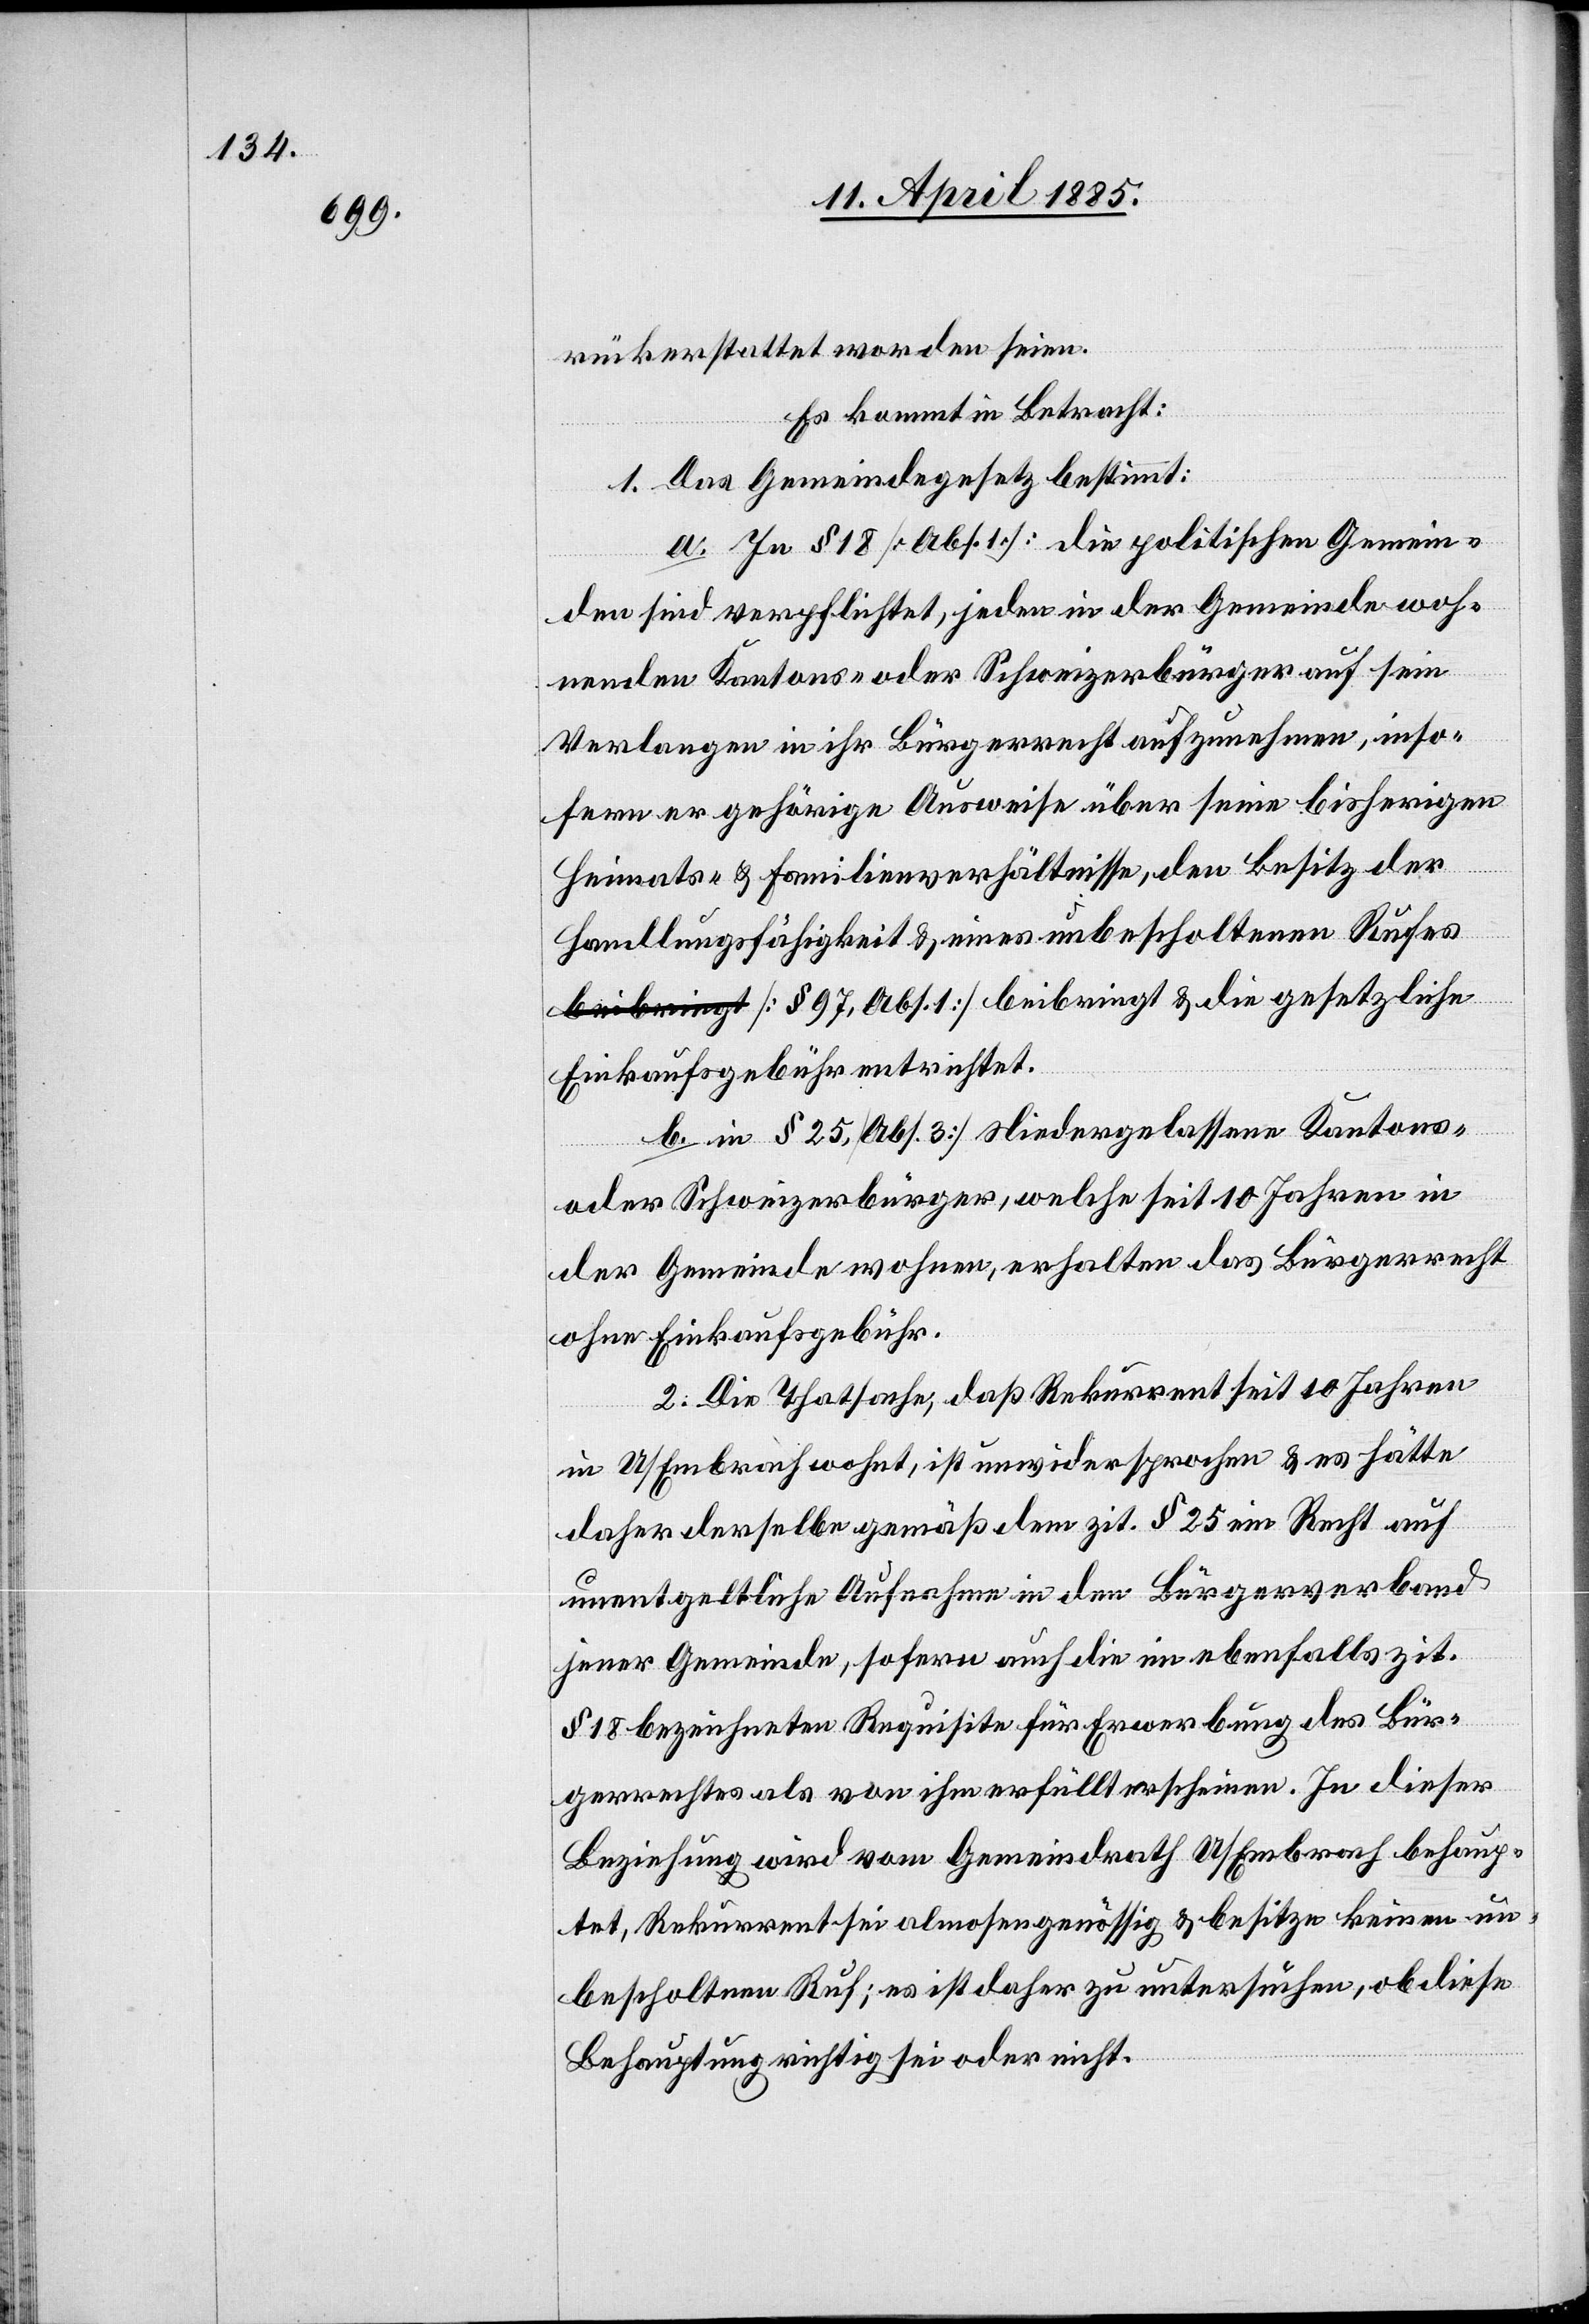
rückerstattet worden seien.
Es kommt in Betracht:
1. Das Gemeindegesetz bestimmt:
a. In § 18 [Abs. 1] die politischen Gemein¬
den sind verpflichtet, jeden in der Gemeinde woh¬
nenden Kantons- oder Schweizerbürger auf sein
Verlangen in ihr Bürgerrecht aufzunehmen, inso¬
fern er gehörige Ausweise über seine bisherigen
Heimats- & Familienverhältnisse, den Besitz der
Handlungsfähigkeit & eines unbescholtenen Rufes
[§ 97, Abs. 1] beibringt & die gesetzliche
Einkaufsgebühr entrichtet.
b. in § 25 [Abs. 3] Niedergelassene Kantons-
oder Schweizerbürger, welche seit 10 Jahren in
der Gemeinde wohnen, erhalten das Bürgerrecht
ohne Einkaufsgebühr.
2. Die Thatsache, daß Rekurrent seit 10 Jahren
in U/Embrach wohnt, ist unwidersprochen & es hätte
daher derselbe gemäß dem zit. § 25 ein Recht auf
unentgeltliche Aufnahme in den Bürgerverband
jener Gemeinde, sofern auch die im ebenfalls zit.
§ 18 bezeichnete Requisite für Erwerbung des Bür¬
gerrechtes als von ihm erfüllt erscheinen. In dieser
Beziehung wird vom Gemeindrath U/Embrach behaup¬
tet, Rekurrent sei almosengenössig & besitze keinen un¬
bescholtenen Ruf; es ist daher zu untersuchen, ob diese
Behauptung richtig sei oder nicht.